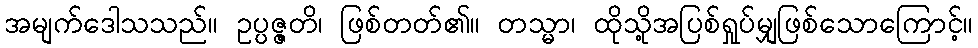
အမျက်ဒေါသသည်။ ဥပ္ပဇ္ဇတိ၊ ဖြစ်တတ်၏။ တသ္မာ၊ ထိုသို့အပြစ်ရှုပ်မျှဖြစ်သောကြောင့်။